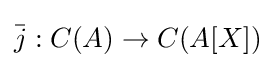
{\bar {j}}:C(A)\to C(A[X])